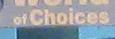
of